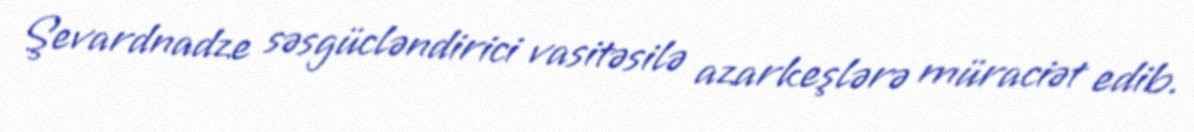
Şevardnadze səsgücləndirici vasitəsilə azarkeşlərə müraciət edib.